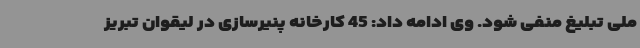
ملی تبلیغ منفی شود. وی ادامه داد: 45 کارخانه پنیرسازی در لیقوان تبریز